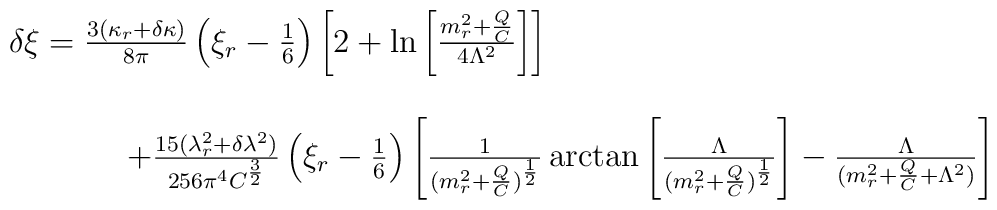
\begin{array}{l}\delta \xi = \frac{3(\kappa _r+\delta \kappa )}{8\pi }\left( \xi _r-\frac 16\right)\left[ 2+\ln \left[ \frac{m_r^2+\frac QC}{4\Lambda ^2}\right] \right] \\  \\ \hspace{1.5cm}+\frac{15(\lambda _r^2+\delta \lambda ^2)}{256\pi ^4C^{\frac32}}\left( \xi _r-\frac 16\right) \left[ \frac 1{(m_r^2+\frac QC)^{\frac12}}\arctan \left[ \frac \Lambda {(m_r^2+\frac QC)^{\frac 12}}\right] -\frac\Lambda {(m_r^2+\frac QC+\Lambda ^2)}\right] \end{array}